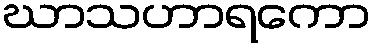
ဃာသဟာရကော